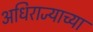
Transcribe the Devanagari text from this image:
अधिराज्याच्या